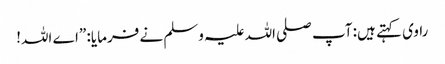
راوی کہتے ہیں: آپ صلی اللہ علیہ وسلم نے فرمایا: ”اے اللہ!